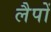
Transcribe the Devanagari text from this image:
लैपों